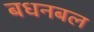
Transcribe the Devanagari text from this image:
बधनबल